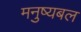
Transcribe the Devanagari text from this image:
मनुष्यबल